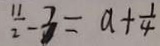
\frac { 1 1 } { 2 } - 3 = a + \frac { 1 } { 4 }